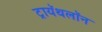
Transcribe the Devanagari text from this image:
ट्रायॅथलॉन